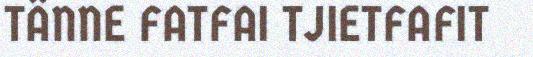
TÄNNE FATFAI TJIETFAFIT